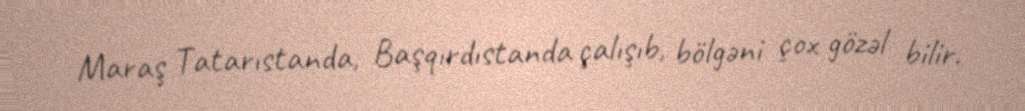
Maraş Tatarıstanda, Başqırdıstanda çalışıb, bölgəni çox gözəl bilir.